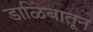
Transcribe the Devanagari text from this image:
डाळिंबातून